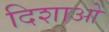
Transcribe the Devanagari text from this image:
दिशाआें